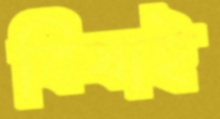
বিষাই